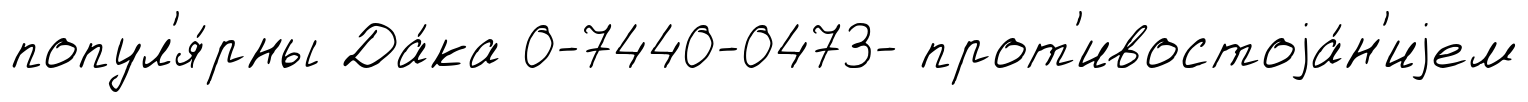
попул'я́рны Да́ка 0-7440-0473- прот'ивостоjа́н'иjем